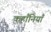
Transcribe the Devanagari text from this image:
कहाँनियाँ